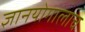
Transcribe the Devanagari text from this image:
ज्ञानयोगालाच